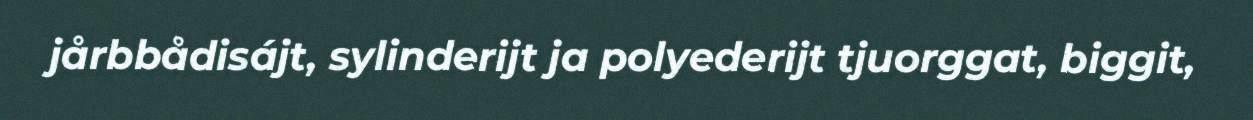
jårbbådisájt, sylinderijt ja polyederijt tjuorggat, biggit,